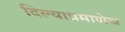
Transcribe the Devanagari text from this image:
दिल्याप्रमाणेच